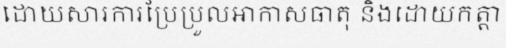
ដោយសារការប្រែប្រួលអាកាសធាតុ និងដោយកត្តា